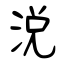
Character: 涚